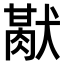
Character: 𤡜